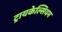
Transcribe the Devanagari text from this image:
ट्रायकेल्सियम